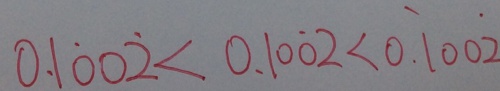
0 . 1 \dot { 0 } 0 \dot { 2 } < 0 . 1 0 \dot { 0 } 2 < 0 . \dot { 1 } 0 0 \dot { 2 }